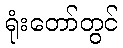
ရုံးတော်တွင်